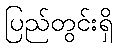
ပြည်တွင်းရှိ